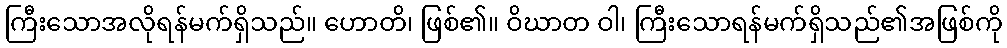
ကြီးသောအလိုရန်မက်ရှိသည်။ ဟောတိ၊ ဖြစ်၏။ ဝိဃာတ ဝါ၊ ကြီးသောရန်မက်ရှိသည်၏အဖြစ်ကို